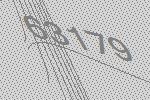
63179